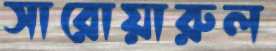
সারোয়ারুল